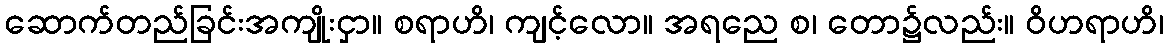
ဆောက်တည်ခြင်းအကျိုးငှာ။ စရာဟိ၊ ကျင့်လော။ အရညေ စ၊ တော၌လည်း။ ဝိဟရာဟိ၊